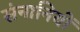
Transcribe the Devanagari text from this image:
संनानियों